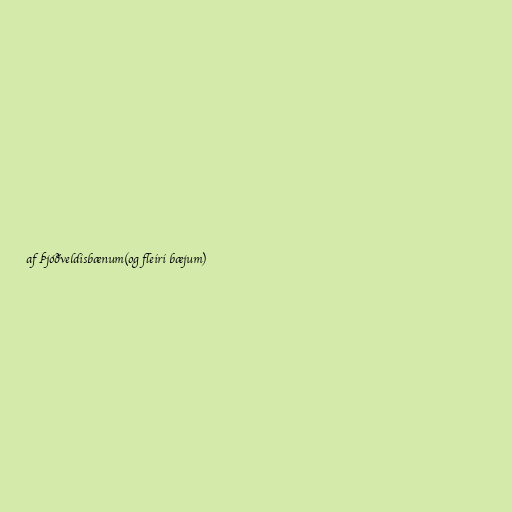
af Þjóðveldisbænum(og fleiri bæjum)